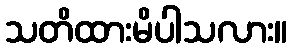
သတိထားမိပါသလား။